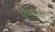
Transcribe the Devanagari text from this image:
टिकाती